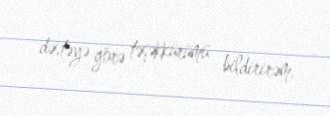
dəstəyə görə təşəkkürümü bildirirəm.